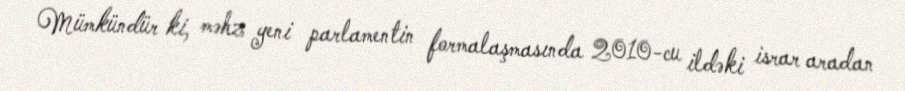
Mümkündür ki, məhz yeni parlamentin formalaşmasında 2010-cu ildəki israr aradan